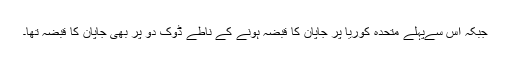
جبکہ اس سےپہلے متحدہ کوریا پر جاپان کا قبضہ ہونے کے ناطے ڈوک دو پر بھی جاپان کا قبضہ تھا۔